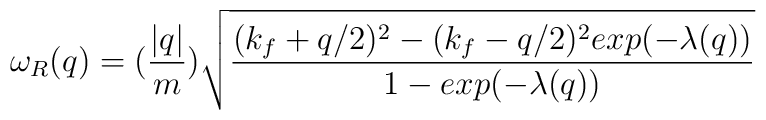
\omega_{R}(q) = (\frac{ |q| }{m})\sqrt{ \frac{ (k_{f} + q/2)^{2}  - (k_{f} - q/2)^{2}exp(-\lambda(q)) }{ 1 - exp(-\lambda(q)) } }